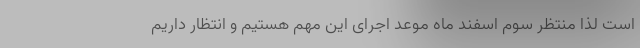
است لذا منتظر سوم اسفند ماه موعد اجرای این مهم هستیم و انتظار داریم